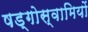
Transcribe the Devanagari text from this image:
षड्गोस्वामियों